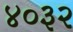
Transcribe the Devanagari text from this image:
४०३२